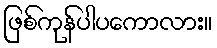
ဖြစ်ကုန်ပါပကောလား။